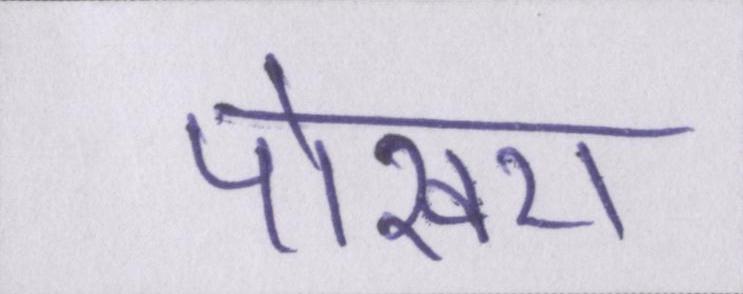
पोखरा